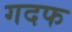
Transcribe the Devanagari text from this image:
गदफ